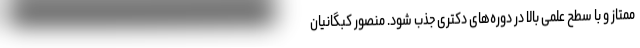
ممتاز و با سطح علمی بالا در دوره‌های دکتری جذب شود. منصور کبگانیان